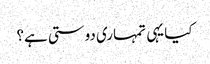
کیا یہی تمہاری دوستی ہے؟